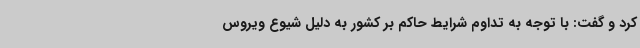
کرد و گفت: با توجه به تداوم شرایط حاکم بر کشور به دلیل شیوع ویروس